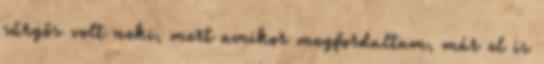
sűrgős volt neki, mert amikor megfordultam, már el is